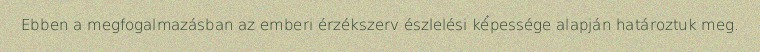
Ebben a megfogalmazásban az emberi érzékszerv észlelési képessége alapján határoztuk meg.